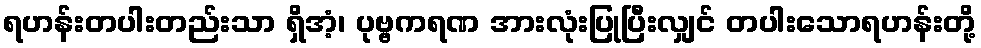
ရဟန်းတပါးတည်းသာ ရှိအံ့၊ ပုဗ္ဗကရဏ အားလုံးပြုပြီးလျှင် တပါးသောရဟန်းတို့